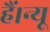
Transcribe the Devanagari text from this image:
हैं।न्यू